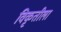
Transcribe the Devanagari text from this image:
विकृतीला